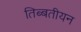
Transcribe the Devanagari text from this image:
तिब्‍बतीयन